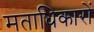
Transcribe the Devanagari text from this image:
मताधिकारों